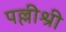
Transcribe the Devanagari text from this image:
पल्लीश्री